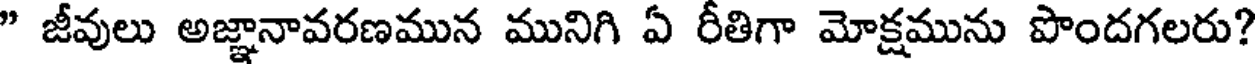
" జీవులు అజ్ఞానావరణమున మునిగి ఏ రీతిగా మోక్షమును పొందగలరు?